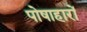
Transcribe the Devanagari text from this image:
पोषाहारों